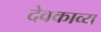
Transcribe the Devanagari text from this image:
देवकाव्य